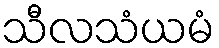
သီလသံယမံ